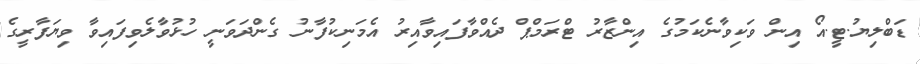
ޑަބްލިޔު.ޓީ.އޯ އިން ވަކިވާނެކަމުގެ އިންޒާރު ޓްރަމްޕް ދެއްވާފައިވާއިރު އެމަނިކުފާނު ގެންދަވަނީ ހުޅުވާލެވިފައިވާ ވިޔަފާރީގެ